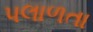
પલાળતા